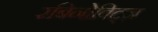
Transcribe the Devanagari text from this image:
रबिनोविट्ज़